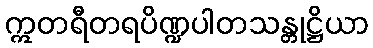
ဣတရီတရပိဏ္ဍပါတသန္တုဋ္ဌိယာ